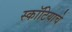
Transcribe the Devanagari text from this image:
स्कॉटियाचे